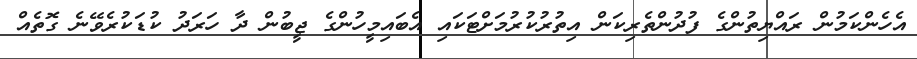
އެހެންކަމުން ރައްޔިތުންގެ ފުދުންތެރިކަން އިތުރުކުރުމަށްޓަކައި އެބައިމީހުންގެ ޖީބުން ދާ ހަރަދު ކުޑަކުރެވޭނެ ގޮތެއް